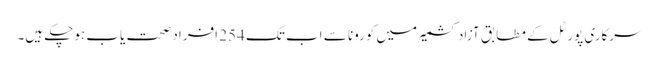
سرکاری پورٹل کے مطابق آزاد کشمیر میں کورونا سے اب تک 254 افراد صحت یاب ہوچکے ہیں۔